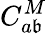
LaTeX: C_{a\mathfrak{b}}^{M}